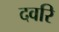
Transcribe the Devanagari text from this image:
दवरि